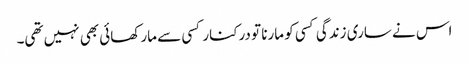
اس نے ساری زندگی کسی کو مارنا تو درکنار کسی سے مار کھائی بھی نہیں تھی۔